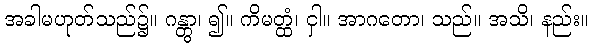
အခါမဟုတ်သည်၌။ ဂန္တွာ၊ ၍။ ကိမတ္ထံ၊ ငှါ။ အာဂတော၊ သည်။ အသိ၊ နည်း။